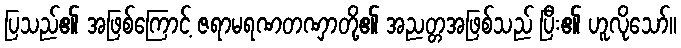
ပြသည်၏ အဖြစ်ကြောင့် ဇရာမရဏတဏှာတို့၏ အညတ္တအဖြစ်သည် ပြီး၏ ဟူလိုသော်။